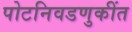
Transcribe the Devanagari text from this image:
पोटनिवडणुकींत